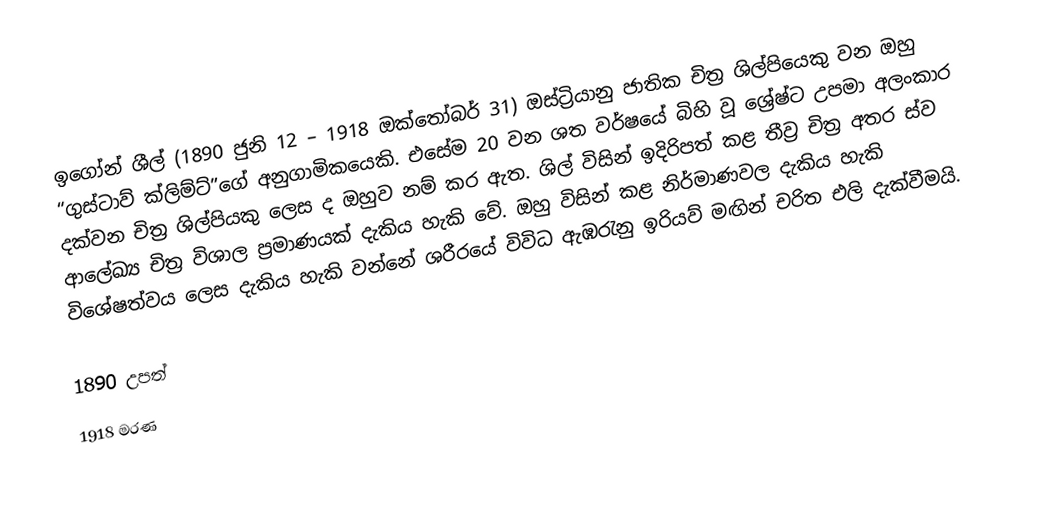
ඉගෝන් ශීල් (1890 ජුනි 12 – 1918 ඔක්තෝබර් 31) ඔස්ට්‍රියානු ජාතික චිත්‍ර ශිල්පියෙකු වන ඔහු “ගුස්ටාව් ක්ලිම්ට්”ගේ අනුගාමිකයෙකි. එසේම 20 වන ශත වර්ෂයේ බිහි වූ ශ්‍රේෂ්ට උපමා අලංකාර දක්වන චිත්‍ර ශිල්පියකු ලෙස ද ඔහුව නම් කර ඇත. ශිල් විසින් ඉදිරිපත් කළ තීව්‍ර චිත්‍ර අතර ස්ව ආලේඛ්‍ය චිත්‍ර විශාල ප්‍රමාණයක් දැකිය හැකි වේ. ඔහු විසින් කළ නිර්මාණවල දැකිය හැකි විශේෂත්වය ලෙස දැකිය හැකි වන්නේ ශරීරයේ විවිධ ඇඹරැනු ඉරියව් මඟින් චරිත එලි දැක්වීමයි.

1890 උපත්
1918 මරණ